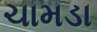
ચામડા